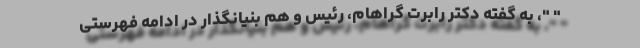
" "، به گفته دکتر رابرت گراهام، رئیس و هم بنیانگذار در ادامه فهرستی